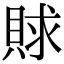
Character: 賕